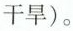
干旱）。